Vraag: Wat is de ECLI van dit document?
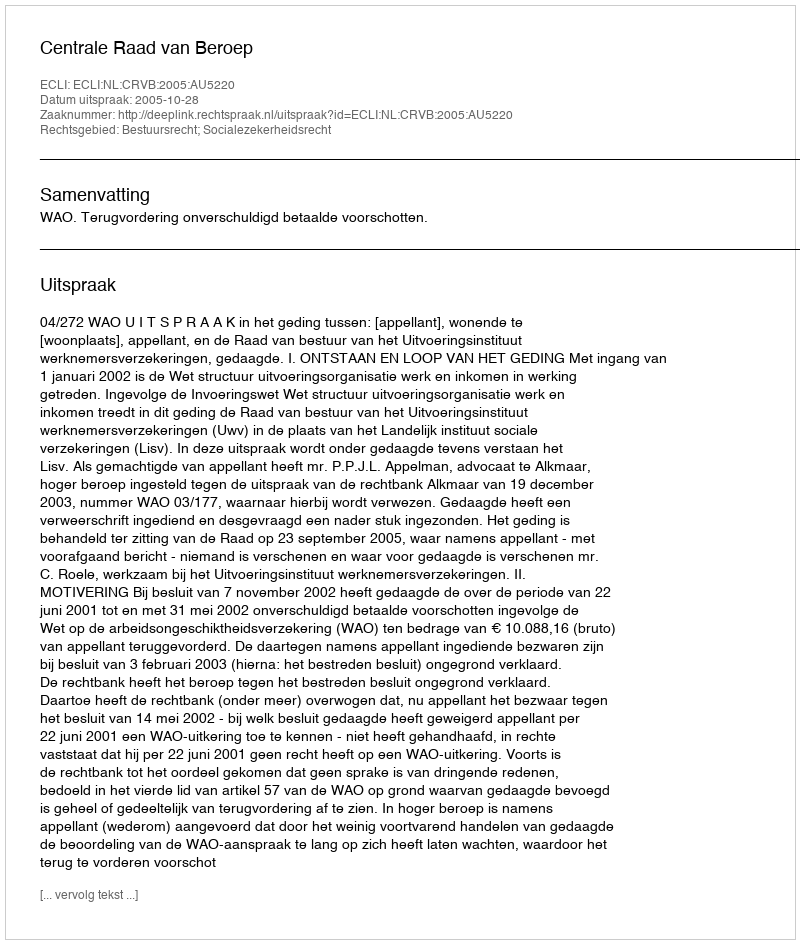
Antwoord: ECLI:NL:CRVB:2005:AU5220